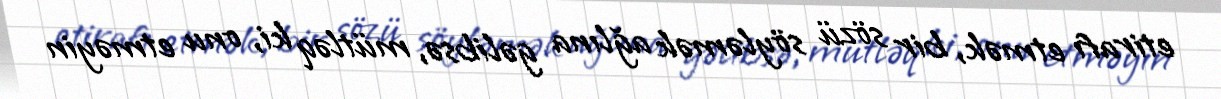
etirafı etmək, bir sözü söyləmək ağlına gəlibsə, mütləq ki, onu etməyin